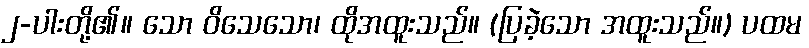
၂-ပါးတို့၏။ သော ဝိသေသော၊ ထိုအထူးသည်။ (ပြခဲ့သော အထူးသည်။) ပထမ